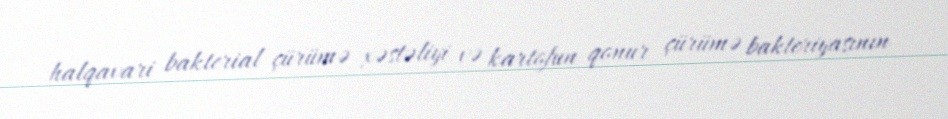
halqavari bakterial çürümə xəstəliyi və kartofun qonur çürümə bakteriyasının